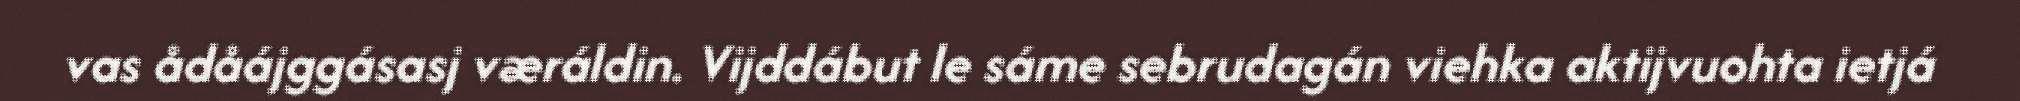
vas ådåájggásasj væráldin. Vijddábut le sáme sebrudagán viehka aktijvuohta ietjá